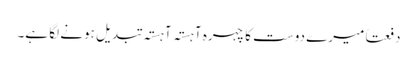
دفعتاً میرے دوست کا چہرہ آہستہ آہستہ تبدیل ہونے لگا ہے۔